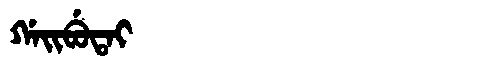
Manchu: ᡤᠠᡳᠪᡠᡨᠠᡳ
Romanization: GAIBUTAI